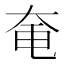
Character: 𪥍